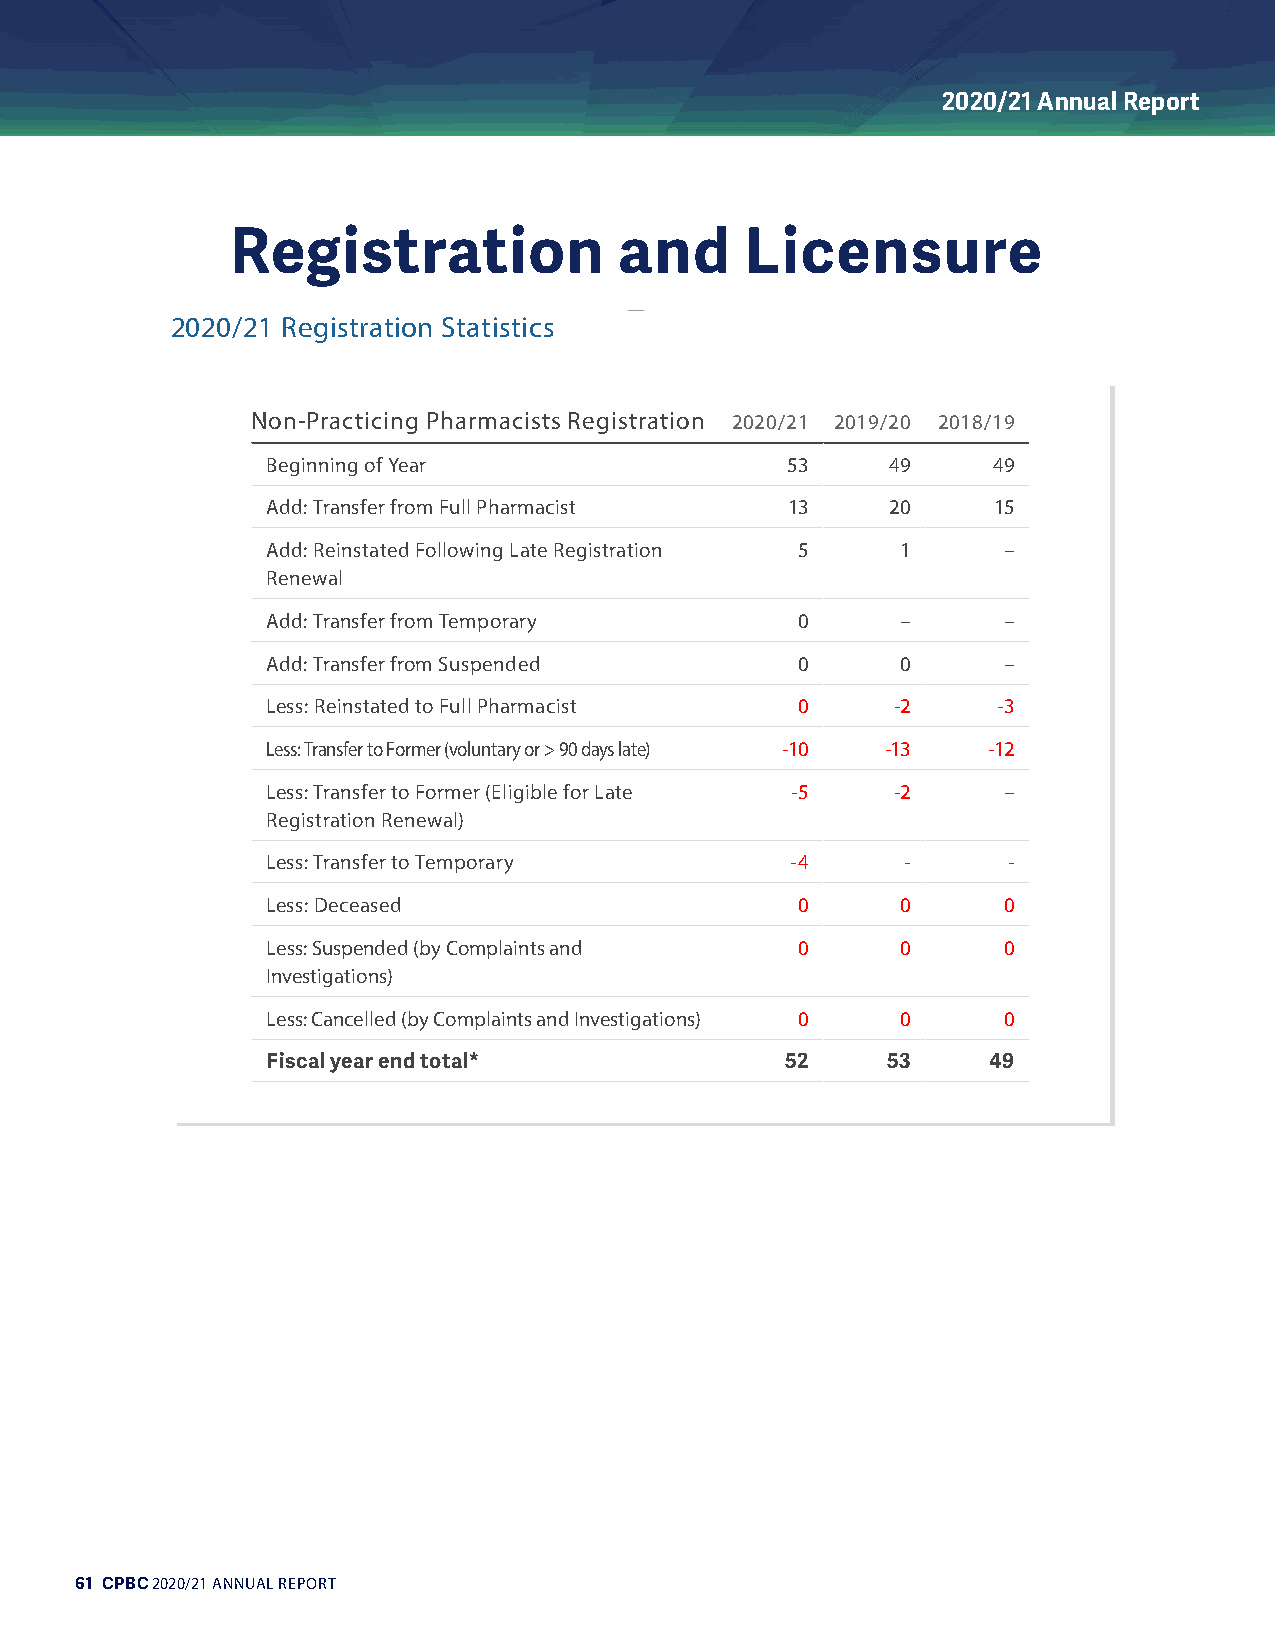
2020/21 Annual Report
 Registration              and     Licensure
 2020/21 Registration Statistics
 Non-Practicing Pharmacists Registration 2020/21 2019/20 2018/19
 Beginning of Year                 53     49     49
 Add: Transfer from Full Pharmacist 13    20     15
 Add: Reinstated Following Late Registration 5 1 –
 Renewal
 Add: Transfer from Temporary       0      –     –
 Add: Transfer from Suspended       0      0     –
 Less: Reinstated to Full Pharmacist 0    -2     -3
 Less: Transfer to Former (voluntary or > 90 days late) -10 -13 -12
 Less: Transfer to Former (Eligible for Late -5 -2 –
 Registration Renewal)
 Less: Transfer to Temporary       -4      -      -
 Less: Deceased                     0      0     0
 Less: Suspended (by Complaints and 0      0     0
 Investigations)
 Less: Cancelled (by Complaints and Investigations) 0 0 0
 Fiscal year end total*            52     53    49
 61 CPBC 2020/21 ANNUAL REPORT